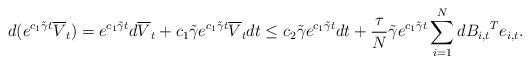
LaTeX: \begin{align*}d(e^{c_1\tilde{\gamma} t}\overline{V}_t)= e^{c_1\tilde{\gamma} t}d \overline{V}_t+c_1\tilde{\gamma}e^{c_1\tilde{\gamma} t}\overline{V}_t dt \le c_2\tilde{\gamma}e^{c_1\tilde{\gamma} t}dt+ \frac{\tau}{N} \tilde{\gamma}e^{c_1\tilde{\gamma} t} \sum_{i=1}^N {dB_{i,t}}^Te_{i,t}.\end{align*}